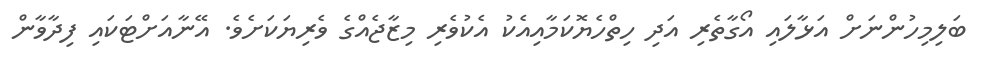
ބަލިމިހުންނަށް އަޅާލައި އޯގާތެރި އަދި ހިތްހެޔޮކަމާއިއެކު އެކުވެރި މިޒާޖެއްގެ ވެރިޔަކަށެވެ. އޭނާއަށްޓަކައި ފިދާވާން